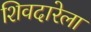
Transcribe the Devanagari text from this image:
शिवदारेला